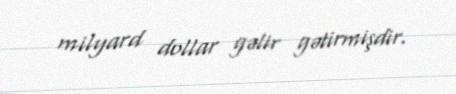
milyard dollar gəlir gətirmişdir.